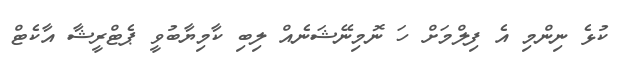
ކުޅެ ނިންމި އެ ފިލްމަށް ހަ ނޮމިނޭޝަނެއް ލިބި ކާމިޔާބުވީ ޕެޓްރީޝާ އާކެޓް